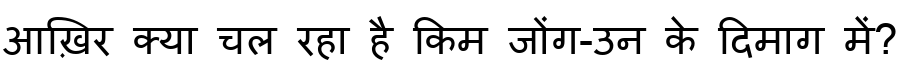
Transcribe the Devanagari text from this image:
आख़िर क्या चल रहा है किम जोंग-उन के दिमाग में?